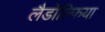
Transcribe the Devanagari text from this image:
लैडोल्फिया